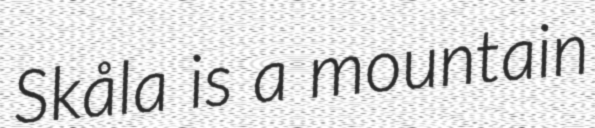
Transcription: Skåla is a mountain